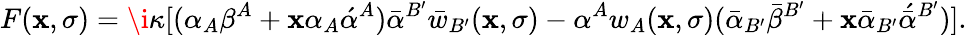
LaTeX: F(\mathbf{x},\sigma)=\i\kappa[(\alpha_{A}\beta^{A}+\mathbf{x}\alpha_{A}\acute{{\alpha}}^{A})\bar{{\alpha}}^{B^{\prime}}\bar{{w}}_{B^{\prime}}(\mathbf{x},\sigma)-\alpha^{A}w_{A}(\mathbf{x},\sigma)(\bar{{\alpha}}_{B^{\prime}}\bar{{\beta}}^{B^{\prime}}+\mathbf{x}\bar{{\alpha}}_{B^{\prime}}\acute{{\bar{{\alpha}}}}^{B^{\prime}})].